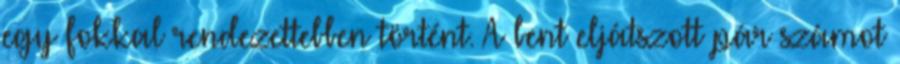
egy fokkal rendezettebben történt. A bent eljátszott pár számot